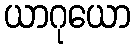
ယာဂုယော